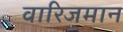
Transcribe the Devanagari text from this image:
वारिजमान